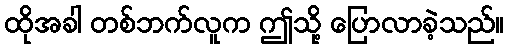
ထိုအခါ တစ်ဘက်လူက ဤသို့ ပြောလာခဲ့သည်။